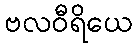
ဗလဝီရိယေ